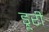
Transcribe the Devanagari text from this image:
ड्रूरी